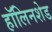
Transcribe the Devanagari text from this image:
हॉलिनशेड